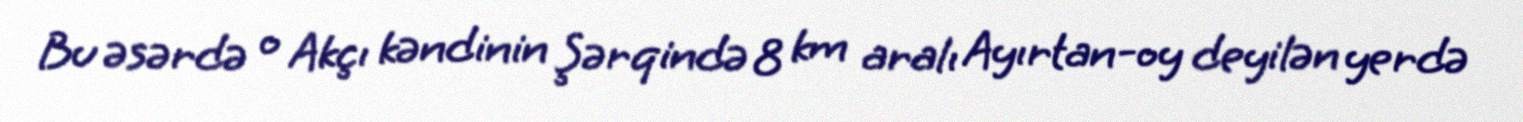
Bu əsərdə o Akçı kəndinin Şərqində 8 km aralı Ayırtan-oy deyilən yerdə